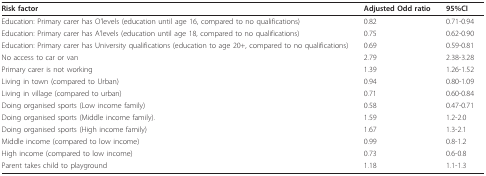
<table><thead><tr><td><b>Risk factor</b></td><td><b>Adjusted Odd ratio</b></td><td><b>95%CI</b></td></tr></thead><tbody><tr><td>Education: Primary carer has O&#x27;levels (education until age 16, compared to no qualifications)</td><td>0.82</td><td>0.71-0.94</td></tr><tr><td>Education: Primary carer has A&#x27;levels (education until age 18, compared to no qualifications)</td><td>0.75</td><td>0.62-0.90</td></tr><tr><td>Education: Primary carer has University qualifications (education to age 20+, compared to no qualifications)</td><td>0.69</td><td>0.59-0.81</td></tr><tr><td>No access to car or van</td><td>2.79</td><td>2.38-3.28</td></tr><tr><td>Primary carer is not working</td><td>1.39</td><td>1.26-1.52</td></tr><tr><td>Living in town (compared to Urban)</td><td>0.94</td><td>0.80-1.09</td></tr><tr><td>Living in village (compared to urban)</td><td>0.71</td><td>0.60-0.84</td></tr><tr><td>Doing organised sports (Low income family)</td><td>0.58</td><td>0.47-0.71</td></tr><tr><td>Doing organised sports (Middle income family).</td><td>1.59</td><td>1.2-2.0</td></tr><tr><td>Doing organised sports (High income family)</td><td>1.67</td><td>1.3-2.1</td></tr><tr><td>Middle income (compared to low income)</td><td>0.99</td><td>0.8-1.2</td></tr><tr><td>High income (compared to low income)</td><td>0.73</td><td>0.6-0.8</td></tr><tr><td>Parent takes child to playground</td><td>1.18</td><td>1.1-1.3</td></tr></tbody></table>